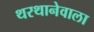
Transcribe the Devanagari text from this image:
थरथानेवाला